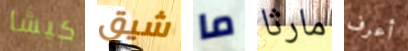
كيشا شيق ما مارثا أعرف